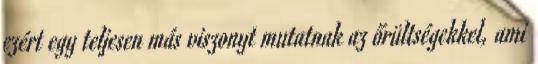
ezért egy teljesen más viszonyt mutatnak az őrültségekkel, ami